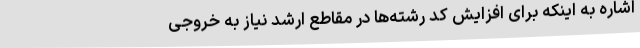
اشاره به اینکه برای افزایش کد رشته‌ها در مقاطع ارشد نیاز به خروجی